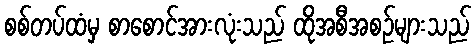
စစ်တပ်ထံမှ စာစောင်အားလုံးသည် ထိုအစီအစဉ်များသည်